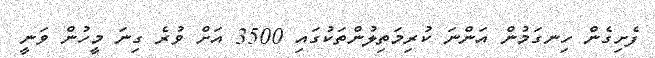
ފެށިގެން ހިނގަމުން އަންނަ ކުރިމަތިލުންތަކުގައި 3500 އަށް ވުރެ ގިނަ މީހުން ވަނީ